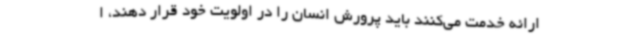
ارائه خدمت می‌کنند باید پرورش انسان را در اولویت خود قرار دهند، ا